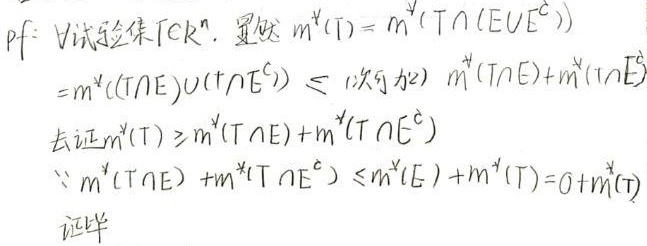
\[
\begin{align*}
&\text{Proof: }\forall\text{ 试验集 }T\subset\mathbb{R}^n,\text{ 显然 }m^*(T)=m^*(T\cap(E\cup E^c))\\
&=m^*((T\cap E)\cup(T\cap E^c))\leq\text{ (次可加) }m^*(T\cap E)+m^*(T\cap E^c)\\
&\text{去证 }m^*(T)\geq m^*(T\cap E)+m^*(T\cap E^c)\\
&\because m^*(T\cap E)+m^*(T\cap E^c)\leq m^*(E)+m^*(T)=0 + m^*(T)\\
&\text{证毕}
\end{align*}
\]